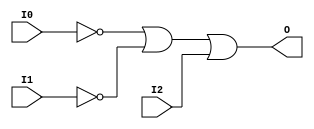
// This program was cloned from: https://github.com/jhshi/openofdm
// License: Apache License 2.0

// $Header: /devl/xcs/repo/env/Databases/CAEInterfaces/verunilibs/data/unisims/OR3B2.v,v 1.6 2007/05/23 21:43:44 patrickp Exp $
///////////////////////////////////////////////////////////////////////////////
// Copyright (c) 1995/2004 Xilinx, Inc.
// All Right Reserved.
///////////////////////////////////////////////////////////////////////////////
//   ____  ____
//  /   /\/   /
// /___/  \  /    Vendor : Xilinx
// \   \   \/     Version : 10.1
//  \   \         Description : Xilinx Functional Simulation Library Component
//  /   /                  3-input OR Gate
// /___/   /\     Filename : OR3B2.v
// \   \  /  \    Timestamp : Thu Mar 25 16:43:31 PST 2004
//  \___\/\___\
//
// Revision:
//    03/23/04 - Initial version.
//    05/23/07 - Changed timescale to 1 ps / 1 ps.
//    05/23/07 - Added wire declaration for internal signals.

`timescale  1 ps / 1 ps


module OR3B2 (O, I0, I1, I2);

    output O;

    input  I0, I1, I2;

    wire i0_inv;
    wire i1_inv;

    not N1 (i1_inv, I1);
    not N0 (i0_inv, I0);
    or O1 (O, i0_inv, i1_inv, I2);


endmodule